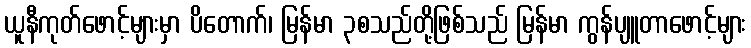
ယူနီကုတ်ဖောင့်များမှာ ပိတောက်၊ မြန်မာ ၃စသည်တို့ဖြစ်သည် မြန်မာ ကွန်ပျူတာဖောင့်များ